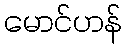
မောင်ဟန်